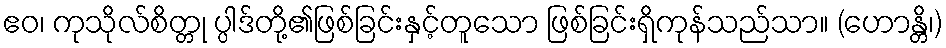
ဧဝ၊ ကုသိုလ်စိတ္တု ပ္ပါဒ်တို့၏ဖြစ်ခြင်းနှင့်တူသော ဖြစ်ခြင်းရှိကုန်သည်သာ။ (ဟောန္တိ၊)